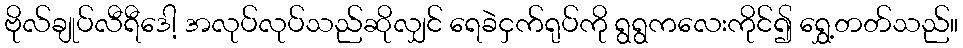
ဗိုလ်ချုပ်လီရီဒေါ့ အလုပ်လုပ်သည်ဆိုလျှင် ရေခဲငှက်ရုပ်ကို ရွရွကလေးကိုင်၍ ရွှေ့တတ်သည်။